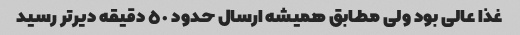
غذا عالی بود ولی مطابق همیشه ارسال حدود ٥٠ دقیقه دیرتر رسید